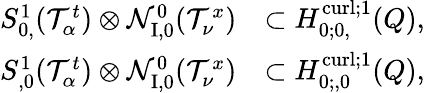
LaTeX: \begin{array}{rl}{S_{0,}^{1}(\mathcal T_{\alpha}^{t})\otimes\mathcal N_{\mathrm{I,0}}^{0}(\mathcal T_{\nu}^{x})}&{\subset H_{0;0,}^{\operatorname{curl};1}(Q),}\\ {S_{,0}^{1}(\mathcal T_{\alpha}^{t})\otimes\mathcal N_{\mathrm{I,0}}^{0}(\mathcal T_{\nu}^{x})}&{\subset H_{0;,0}^{\operatorname{curl};1}(Q),}\end{array}